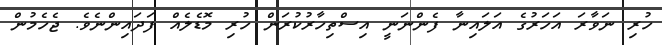
ހުރި ނަވާރަ އަހަރުގެ އަލައިނާ ފެންނަނީ އިސްތިހާރުކުރަން ހުރި މޮޑެލެއް ފަދައިންނެވެ. ޖެހެމުން